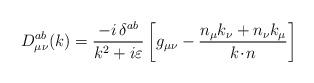
LaTeX: \begin{align*}D^{ab}_{\mu\nu}(k)=\frac{-i\,\delta^{ab}}{k^2+i\varepsilon}\left[g_{\mu\nu}-\frac{n_{\mu}k_{\nu}+n_{\nu}k_{\mu}}{k\!\cdot\! n} \right ]\end{align*}